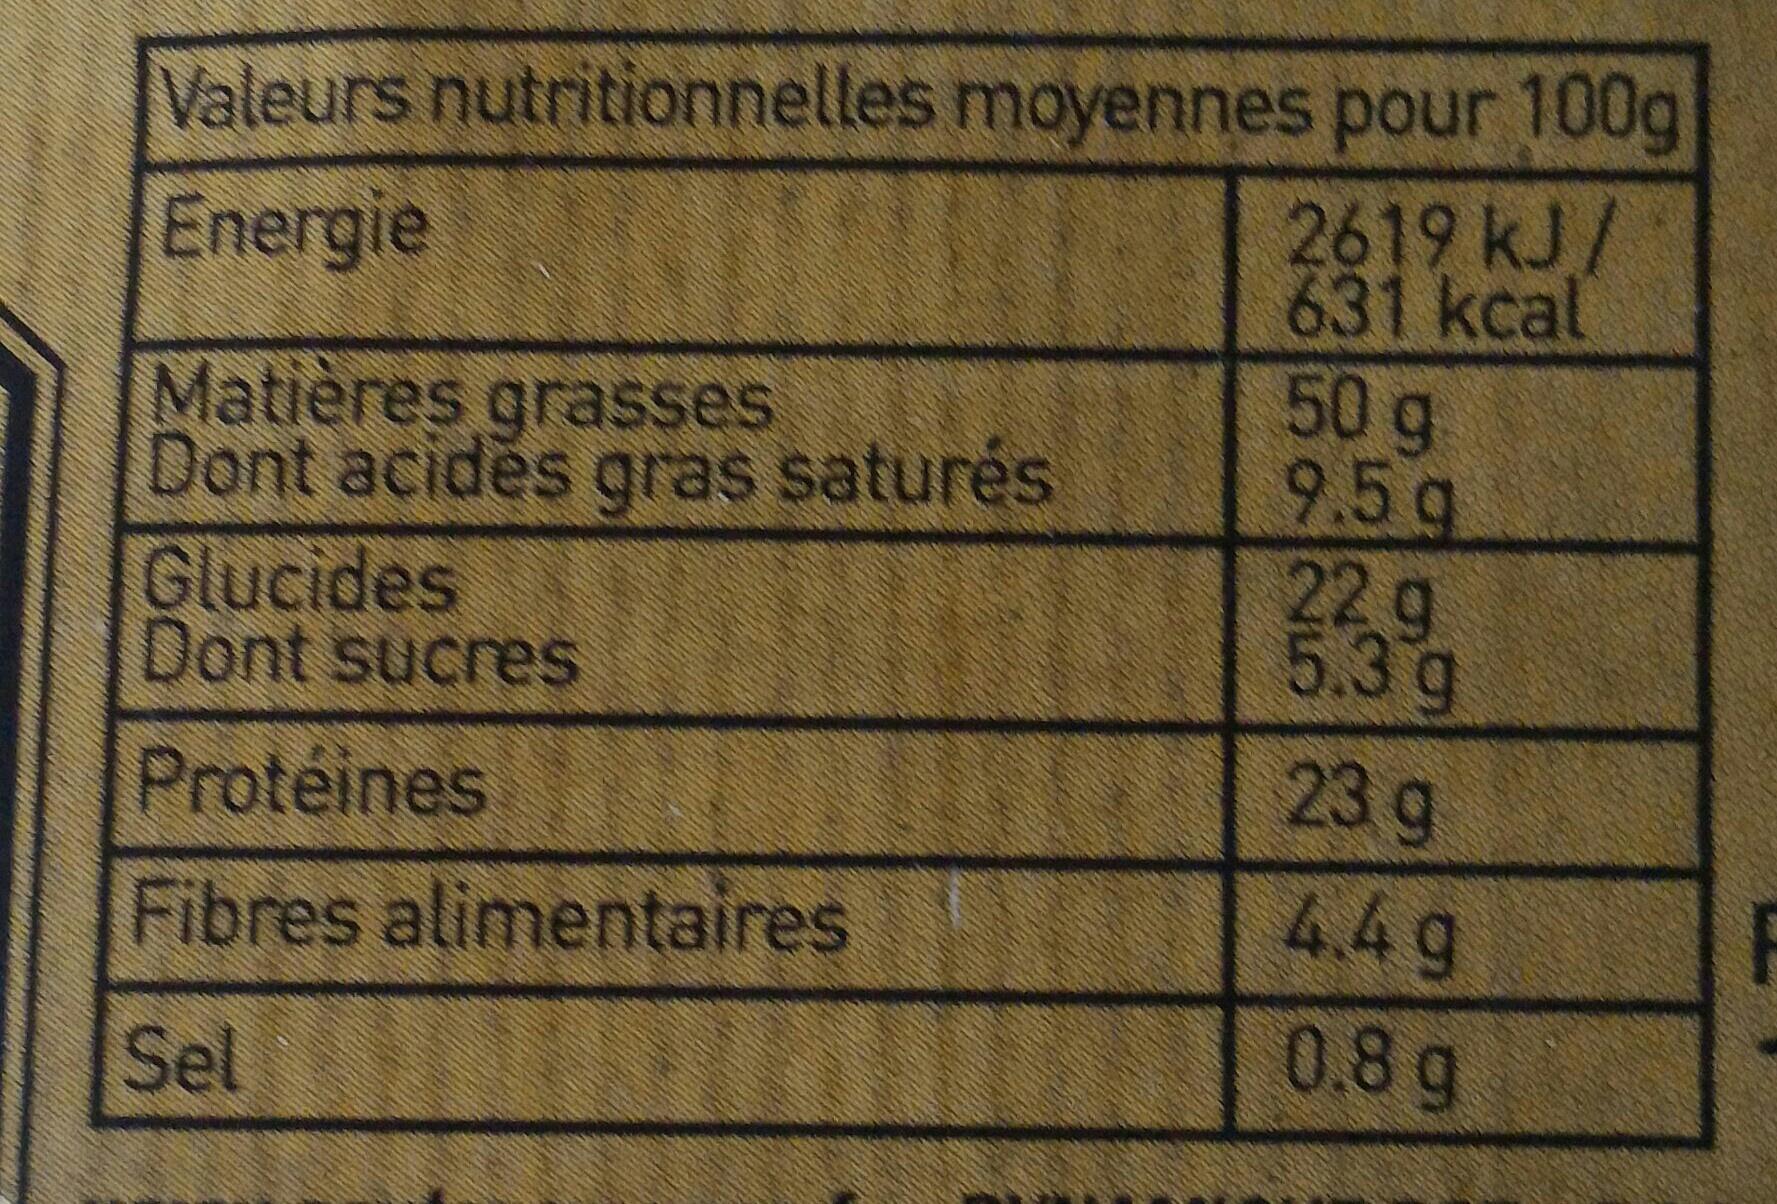
Valeurs nutritionnelles moyennes pour 100g 2619 kJ/ 631 kcal 50 g 9.5g 22 g 5.3 g 23 g Energie Matières grasses Dont acides gras saturės Glucides Dont sucreS Protéines 44 g 0.8 g Fibres alimentaires Sel